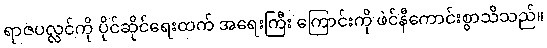
ရာဇပလ္လင်ကို ပိုင်ဆိုင်ရေးထက် အရေးကြီး ကြောင်းကို ဖဲင်နီကောင်းစွာသိသည်။